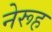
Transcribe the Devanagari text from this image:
नेरूह